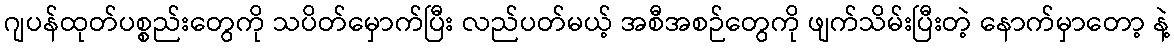
ဂျပန်ထုတ်ပစ္စည်းတွေကို သပိတ်မှောက်ပြီး လည်ပတ်မယ့် အစီအစဉ်တွေကို ဖျက်သိမ်းပြီးတဲ့ နောက်မှာတော့ နဲ့